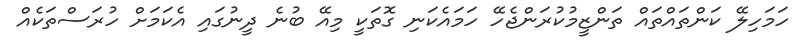
ހަމަހިލޭ ކަންތައްތައް ތަންޒީމުކުރަންޖެހޭ ހަމައެކަނި ގޮތަކީ މިއޭ ބުނެ ދީނުގައި އެކަމަށް ހުރަސްތަކެއް